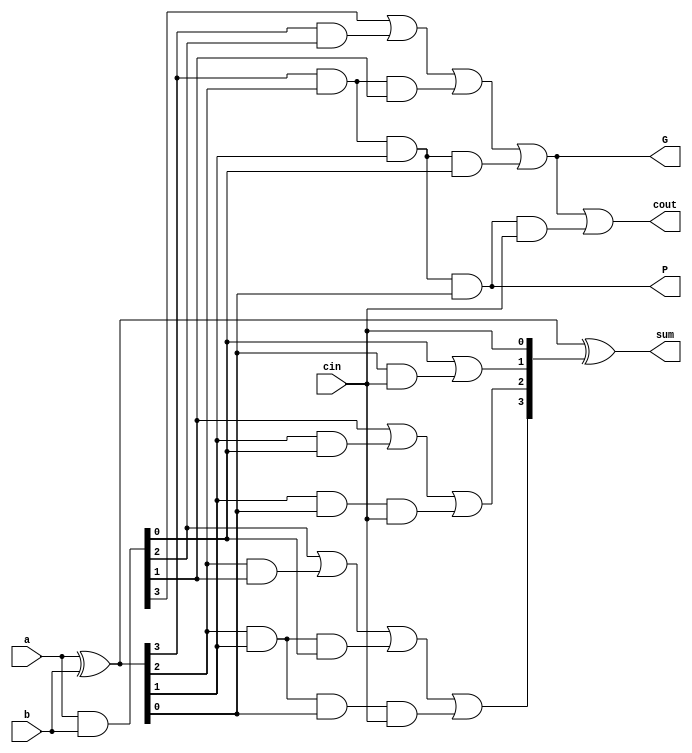
`timescale 1ns / 1ps

module CLA_4(a,b, cin, sum,cout,P,G);
input [3:0] a,b;
input cin;
output [3:0] sum;
output cout;
 
wire [3:0] p,g,c;
output P,G;
 
assign p=a^b;//propagate
// pi = ai ^ bi
assign g=a&b; //generate
// gi = ai & bi
assign G = g[3] | (p[3]&g[2]) | p[3]&p[2]&g[1] | p[3]&p[2]&p[1]&g[0];
assign P = p[3]&p[2]&p[1]&p[0];

//carry=gi + Pi.ci

assign c[0]=cin;
assign c[1]= g[0]|(p[0]&c[0]);
assign c[2]= g[1] | (p[1]&g[0]) | p[1]&p[0]&c[0];
assign c[3]= g[2] | (p[2]&g[1]) | p[2]&p[1]&g[0] | p[2]&p[1]&p[0]&c[0];
assign cout= G | P&c[0];

// output sum

assign sum=p^c;
 
endmodule